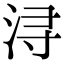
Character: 浔